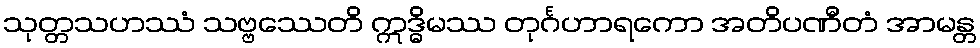
သုတ္တသဟဿံ သဗ္ဗဿေတိ ဣဒ္ဓိမဿ တုင်္ဂဟာရကော အတိပဏီတံ အာမန္တ